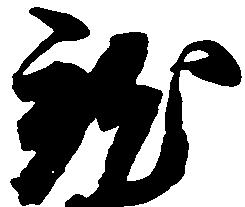
就